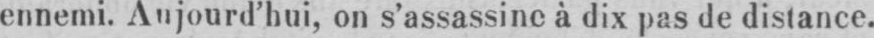
ennemi. Aujourd’hui, on s’assassine à dix pas de distance.